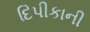
દિપીકાની